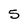
Character: 5